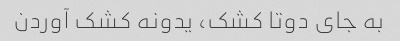
به جای دوتا کشک، یدونه کشک آوردن